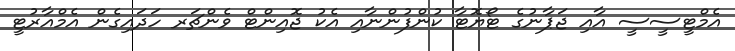
އެމްޓީސީސީ އާއި ޖަޕާނުގެ ޓޯޔޮޓާ ކުންފުންނާއި އެކު ޖޮއިންޓް ވެންޗަރ ހަދައިގެން އެމްއާރުޓީ